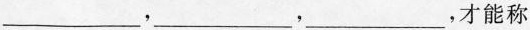
___，___，___，才能称